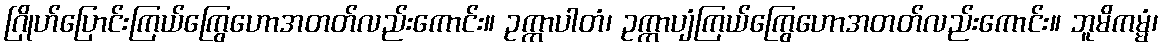
ဂြိုဟ်ပြောင်းကြယ်ကြွေဟောအတတ်လည်းကောင်း။ ဥက္ကာပါတံ၊ ဥက္ကာပျံကြယ်ကြွေဟောအတတ်လည်းကောင်း။ ဘူမိကမ္မံ၊